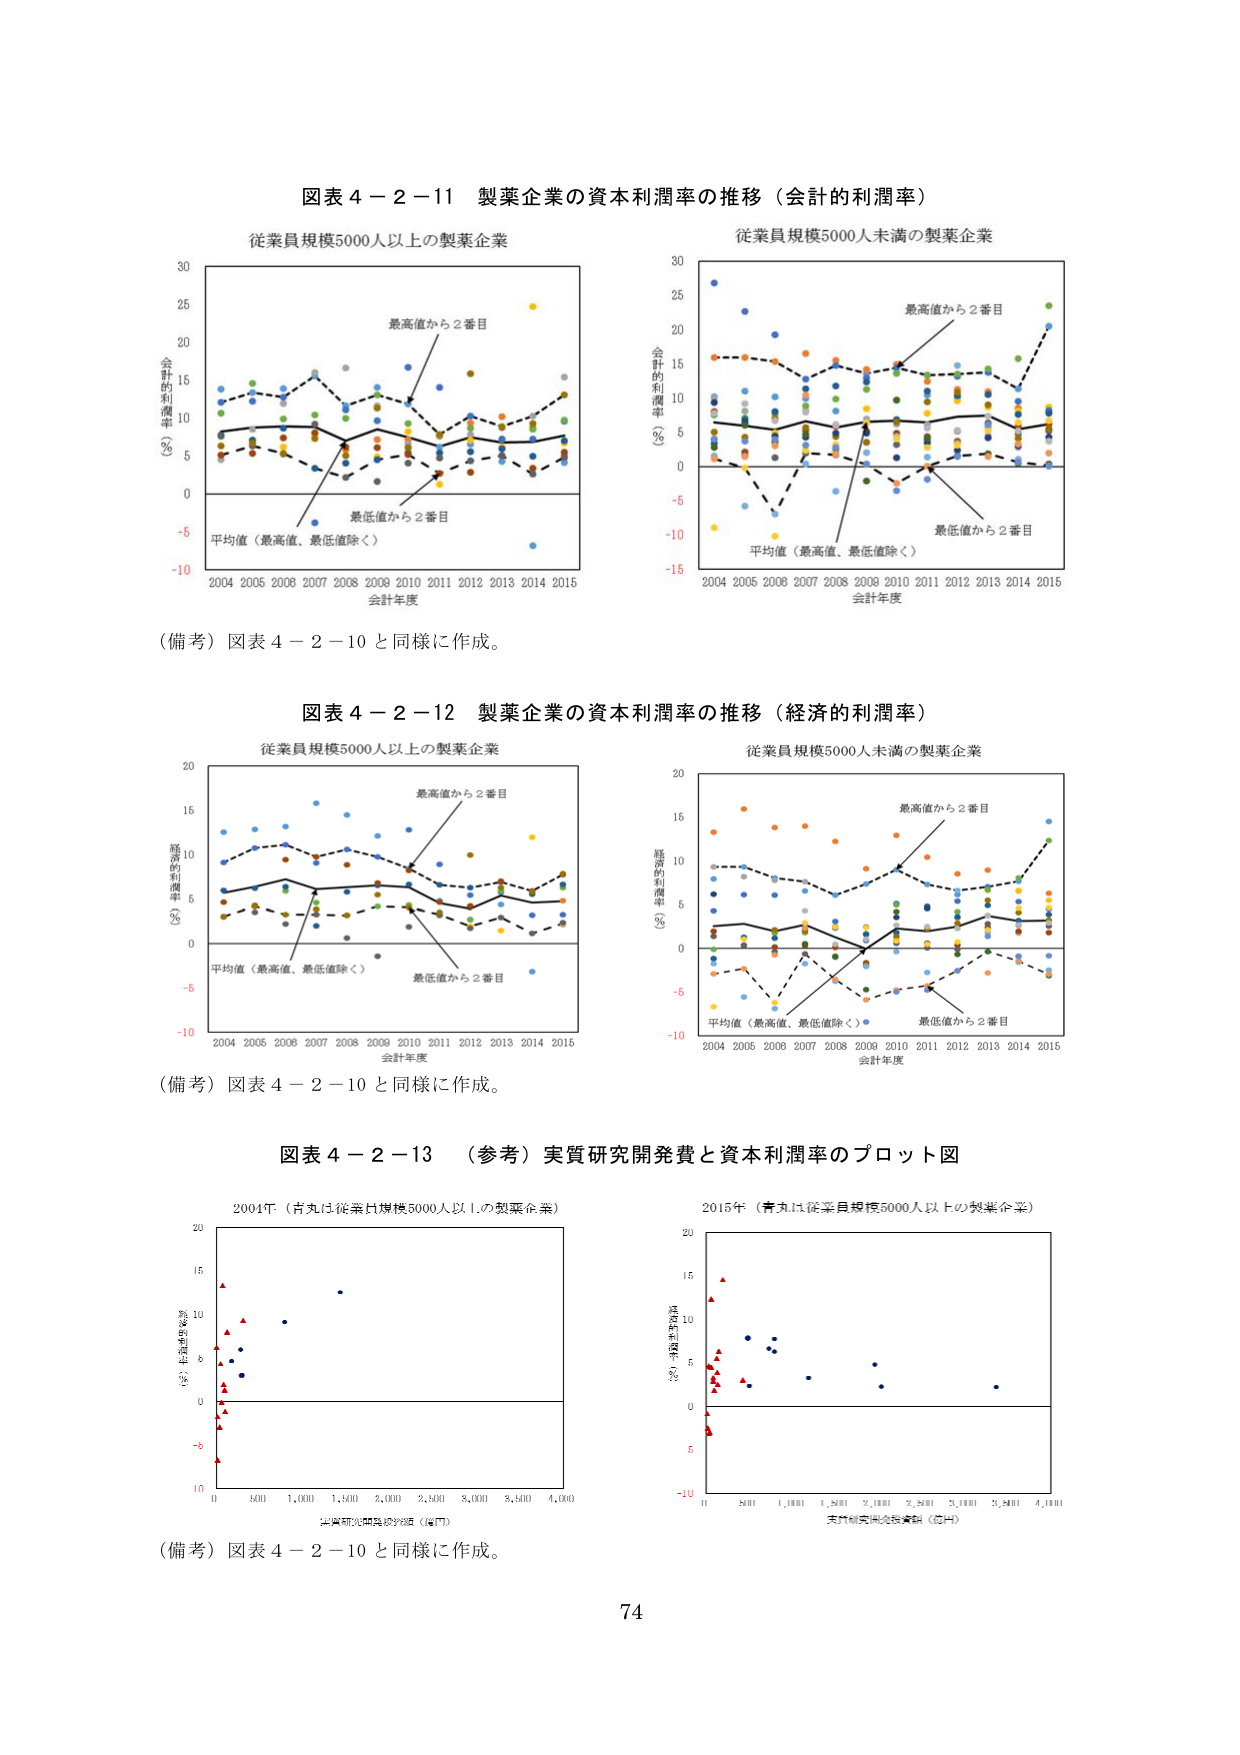
図表４－２－11 製薬企業の資本利潤率の推移（会計的利潤率）

従業員規模5000人以上の製薬企業

会計的利潤率（％）
30
25
20
15
10
5
0
-5
-10

最高値から2番目
最低値から2番目
平均値（最高値、最低値除く）

2004 2005 2006 2007 2008 2009 2010 2011 2012 2013 2014 2015
会計年度

従業員規模5000人未満の製薬企業

会計的利潤率（％）
30
25
20
15
10
5
0
-5
-10
-15

最高値から2番目
最低値から2番目
平均値（最高値、最低値除く）

2004 2005 2006 2007 2008 2009 2010 2011 2012 2013 2014 2015
会計年度

（備考）図表４－２－10と同様に作成。

図表４－２－12 製薬企業の資本利潤率の推移（経済的利潤率）

従業員規模5000人以上の製薬企業

経済的利潤率（％）
20
16
10
6
0
-6
-10

最高値から2番目
最低値から2番目
平均値（最高値、最低値除く）

2004 2005 2006 2007 2008 2009 2010 2011 2012 2013 2014 2015
会計年度

従業員規模5000人未満の製薬企業

経済的利潤率（％）
20
16
10
6
0
-6
-10

最高値から2番目
最低値から2番目
平均値（最高値、最低値除く）

2004 2005 2006 2007 2008 2009 2010 2011 2012 2013 2014 2015
会計年度

（備考）図表４－２－10と同様に作成。

図表４－２－13 （参考）実質研究開発費と資本利潤率のプロット図

2004年（青丸は従業員規模5000人以上の製薬企業）

資本利潤率（％）
20
15
10
5
0
-5
-10

0 500 1,000 1,500 2,000 2,500 3,000 3,500 4,000
実質研究開発費（億円）

2015年（青丸は従業員規模5000人以上の製薬企業）

資本利潤率（％）
20
15
10
5
0
-5
-10

0 500 1,000 1,500 2,000 2,500 3,000 3,500 4,000
実質研究開発費（億円）

（備考）図表４－２－10と同様に作成。

74